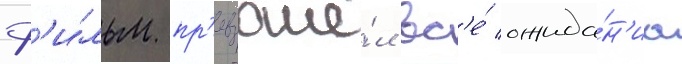
ф'и́льм пр'евзошё́л вс'е́ ожида́н'иа